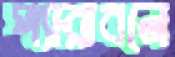
প্যারাবনে